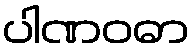
ပါဏဝဓာ